Sketch of the medical history of the native army of Bombay, for the year
Year: 1876
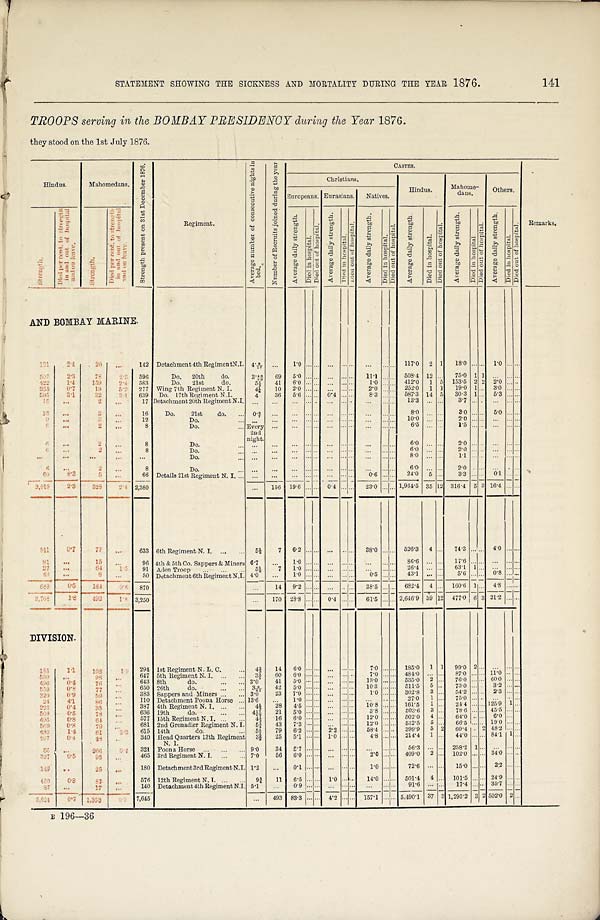
STATEMENT SHOWING THE SICKNESS AND MORTALITY DURING THE YEAR 1876.
141
TROOPS serving in the BOMBAY PRESIDENCY during the Year 1876.
they stood on the 1st July 1876.
Hindus.
Mahome-dans.
S t r e n g t h p r e s e n t o n 3 1 s t D e c e m b e r 1 8 7 6 .
Regiment.
A v e r a g e n u m b e r o f c o n s e c u t i v e n i g h t s i n b e d .
N u m b r t o g R e c r u i t s j o i n e d d u r i n g t h e y e a r
CASTES.
Remarks.
Christians.
Hindus.
Mahome-
dans.
Others.
Europeans. Eurasians. Natives.
S t r e n g t h .
D i e d p e r c e n t . t o s t r e n g t h i n a n d o u t o f h o s p i t a l a n d o n l e a v e .
S t r e n g t h .
D i e d p e r c e n t . t o s t r e n g t h i n a n d o u t o f h o s p i t a l a n d o n l e a v e .
A v e r a g e d a i l y s t r e n g t h .
D i e d i n h o s p i t a l .
D i e d o u t o f h o s p i t a l . A v e r a g e d a i l y s t r e n g t h .
D i e d i n h o s p i t a l . D i e d o u t o f h o s p i t a l .
A v e r a g e d a i l y s t r e n g t h .
D i e d i n h o s p i t a l . D i e d o u t o f h o s p i t a l .
A v e r a g e d a i l y s t r e n g t h . D i e d i n h o s p i t a l .
D i e d o u t o f h o s p i t a l .
A v e r a g e d a i l y s t r e n g t h .
D i e d i n h o s p i t a l . D i e d o u t o f h o s p i t a l .
A v e r a g e d a i l y s t r e n g t h .
D i e d i n h o s p i t a l .
D i e d o u t o f h o s p i t a l .
AND BOMBAY MARINE.
1 2 1
2.4
20
. . .
142 Detachment 4th Regiment N.I. 4.8/17 ...
1 . 0
. . . . . . . . . . . .
. . . . . . . . .
. . .
117.0 2 1 18.0 . . . . . . 1 . 0 . . . . . .
307
2.3 78
2 . 5 596
Do. 20th do.
3.46/89 69 5.0 . . . . . . . . . . . . . . . 11.1 . . . . . .
5 0 8 . 4 1 2 . . . 75.0 1 1 . . . . . . . . .
422 1.4 159
2 . 4 583
Do. 21st do.
5 1 / 3 41 6.0 . . . . . . . . . . . . . . . 1.0 . . . . . . 412.0 1 5 153.5 2 2 2.0 .... . . .
253
0 . 7 19
5 . 2 277 Wing 7th Regiment N. I.
4 ¼ 1 0
2 . 0 . . . . . . . . . . . . . . . 2.0 . . . . . . 252.0 1 1 19.0 1 . . . 3.0 . . . . . .
5 9 5 3.1
32
3 . 1 639 Do. 17th Regiment N.I.
4 36 5.6 . . . . . . 0.4 . . . . . . 8.3 . . . . . . 587.3 14 5 30.3 1 ... 5.3 . . . . . .
1 5 ...
2
. . .
17 Detachment 20th Regiment N.I. ... ... ... . . . . . .
. . . . . . . . .
. . . . . . . . .
1 3 . 3 . . . . . .
3 . 7 . . . . . . . . . . . . . . .
1 3 . . .
2
. . . 16 Do. 21st do. ...
0 3 / 7 . . .
. . . . . . . . . . . . . . . . . .
. . . . . . . . . 8.0 . . . . . . 3.0 . . . . . . 5.0 . . . . . .
9
...
3
. . . 12
Do.
. . . . . .
. . . . . . . . . . . . . . . . . .
. . . . . . . . .
1 0 . 0 . . . . . . 2.0 . . . . . . . . . . . . . . .
6
. . .
2
. . . 8
Do.
... Every 2nd
night.
...
. . . . . . . . . . . . . . . . . . . . . . . . . . .
6 . 5 . . . . . . 1.5 . . . . . . . . . . . . . . .
6
. . .
2
. . . 8
Do .
. . . . .
. . .
. . . . . . . . . . . . . . . . . . . . .
. . . . . . 6.0 . . . . . .
2 . 0 . . . . . . . . . . . . . . .
6
. . .
2
. . . 8
Do.
... ...
. . . . . . . . . . . . . . . . . . . . . . . . . . . 6.0 . . . . . . 2.0 . . . . . . . . . . . . . . .
. . .
. . .
. . .
. . . . . .
Do.
... . . . ...
. . . . . . . . . ... . . . . . . . . . . . . . . . 8.0 . . . . . . 1.1 . . . . . . . . . . . . . . .
6
. . .
2
. . . 8
Do.
...
. . .
. . . . . . . . . 0 ... . . . . . . ... . . . . . . 6.0
. . . . . . 2.0 . . . . . . . . . . . . . . .
6 0
8 . 3
5
. . . 66 Details 21st Regiment N. I. ...
. . . . . . . . . . . . . . . . . . . . . . . . 0.6 . . . . . . 24.0 5 . . .
3 . 3 . . . . . . 0 . 1 . . . . . .
2 , 0 1 9
2 . 3
328 2.4 2,380
. . . 156 19.6 . . . . . . 0.4 . . . . . . 23.0 . . . . . . 1,964.5 35 12 316.4 5 3 16.4 . . . . . .
5 4 1
0 . 7
7 7
. . .
633 6th Regiment N. I. ...
5 ½
7
6 . 2
. . . . . .
. . . . . .
. . . 38.0 . . .
. . .
526.3 4 . . . 74.3 . . . . . . 4.0 . . . . . .
8 1 ...
15
. . . 96 4th & 5th Co. Sappers & Miners 6.7 ... 1.0 ... . . .
. . . . . . . . .
. . . . . . . . .
8 6 . 6 . . . . . .
1 7 . 6 . . . . . . . . . . . . . . .
27 . . .
64
1 . 5 91 Aden Troop
5 1/3 7 1.0 ...... . . .
. . . . . . . . . ... . . . . . . 26.4 . . . . . . 63.1 1 . . .
. . . . . . . . .
40 . . .
8
. . . 50
D e t a c h m e n t 6 t h R e g i m e n t N . I . 4.0 ... 1.0 . . . . . . . . . . . . . . . 0.5 . . . . . . 43.1 . . . . . .
0 . 8 . . . . . . . . . . . . . . .
6 8 9 0.5 164
0 . 6 870
. . . 14 9.2 . . . . . . ... . . . . . . 38.5 . . . . . . . 682.4 4 ... 160.6 1 . . . 4.8 . . . . . .
2 , 7 0 8
1 . 8 492 1.8 3,250
. . . 170 28.8 . . . . . . 0.4 . . . . . . 61.5 . . . . . . 2,646.9 39 12 477.0 6 3 21.2 . . . . . .
D I V I S I O N
1 8 5
1.1 • 162
1 . 9
294 1st Regiment N. L. C.
4 ⅔ 14 6.0 . . .
. . .
...
. . . . . .
7.0 . . .
. . .
185.0 1 1 99.0 2 . . . ...
. . . . . .
5 3 0
. . . 98
. . . 647 5th Regiment N. I. ...
3 3/5 60 6.0 . . . . . . . . . . . . . . . 7.0 . . . . . . 484.0 ... . . . 87.0 . . . . . . 11.0 . . . . . .
4 9 6 0.4 76
. . . 643 8th
do.
3 . 0 4 1
5 . 0 . . . . . . . . . . . . . . . 13.0 . . . . . . 535.0 2 . . . 76.0 . . . . . . 60.0 . . . . . .
5 5 9 0.8 77
. . . 650 26th
do.
3 9/41 42 5.0 . . . . . .
. . . . . . . . . 10.3 . . . . . . 511.5 5 . . . 73.0 . . . . . . 3 . 2 . . . . . .
3 2 0
0 . 9
5 9
. . . 383 Sappers and Miners ... ... 3.0 23 7.0 . . . . . . . . . . . . . . .
1 . 0 . . . . . . 302.8 3 . . . 54.2 . . . . . . 2.3 . . . . . .
2 4 4.1
86
. . . 110 Detachment Poona Horse ... 13.6 ... 1.0 . . . . . . . . . . . . . . .
. . . . . . . . . 27.0 1 . . . 75.0 . . . . . . . . . . . . . . .
2 2 3 0.4 35
. . . 387 4th Regiment N. I. ... ... 4½ 28 4.5 . . . . . . . . . . . . . . . 10.8 . . . . . . 161.5 1 . . . 24.4 . . . . . . 125.9 1 . . .
5 0 8 0.5
78
. . . 636 19th
do.
... ... 4 1 / 6 7 / 9 21 5.0 . . . . . . . . . . . . . . . 3.8 . . . . . . 503.6 3 . . . 78.6 . . . . . . 45.5 . . . . . .
4 9 5 0.8 64
. . . 577 11th Regiment N.I. .... ... 4 ⅓ 16 6.0 . . . . . . . . . . . . . . . 12.0 . . . . . . 502.0 4 . . . 64.0 . . . . . . 6 . 0 . . .
5 6 9 0.8
79
. . . 681 2nd Grenadier Regiment N. I. 5 ¾ 43 7.3 . . . . . . . . . . . . . . . 12.0 . . . . . . 532.5 5 . . . 66.5 . . . . . . 19.0 . . . . . .
4 3 0 1.4 61
3 2 615 14th
do.
... 54½ 79 6.2 . . . . . . 2.2 . . . . . . 58.4 . . . . . . 399.9 5 2 60.4 . . . 2 48.2 . . . . . .
2 0 7 0.4 48
. . . 340 Head Quarters 13th Regiment
N . I .
3 ⅔ 25 5.1 . . . . . . 1.0 . . . . . . 4.8 . . . . . . 214.4 1 . . . 44.0 . . . . . . 84.1 1 . . .
5 5
. . . 266
0 . 4 321 Poona Horse ...
. 9.0 34
5 . 7 . . . . . .
. . . . . . . . .
. . . . . . . . . 56.3 . . . . . . 258.2 1 . . . . . . . . . . . .
3 3 7
0 . 5 95
. . . 465 3rd Regiment N. I. ...
7.0 56 6.0 . . . . . . ... . . . . . . 2.0 . . . . . . 409.0 2 . . . 102.0 . . . . . . 34.0 . . . . . .
1 4 9 . .
25
. . . 180 Detachment 3rd Regiment N. I. 1 . 2 ... 0.1 . . . . . . . . . . . . . . .
1 . 0 . . . . . .
7 2 . 6 . . . . . . 15.0 . . . . . . 2.2 . . . . . .
4 5 0 0.8
87
. . . 576 12th Regiment N. I. . . .
9¾ 11 6.5 . . . . . . 1 . 0 . . . . . . 14.0 . . . . . . 501.4 4 . . . 101.5 . . . . . . 24.9 . . . . . .
8 7 ...
17
. . . 140 Detachment 4th Regiment N.I. 5.1
. . . 0.9 . . . . . .
. . . . . . . . . . . .
. . . . . . 91.6 . . . . . . 17.4 . . . . . . 35.7 . . . . . .
5 , 6 2 4
0 . 7
1 , 3 5 3
0 . 3 7,645
... 493 83.3 . . . . . . 4.2 . . . . . . 157.1 . . . . . . 5,490.1 37 3 1,295.2 3 2 502.0 2 . . .
B 196—36